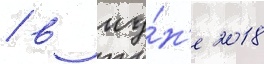
/ в иу́н'е 2018